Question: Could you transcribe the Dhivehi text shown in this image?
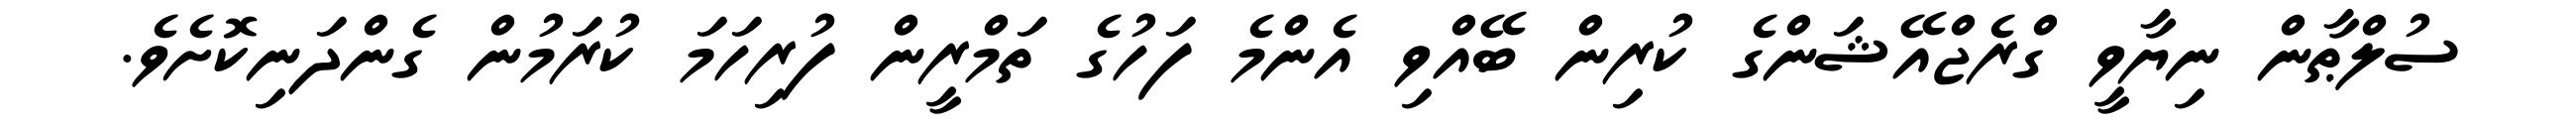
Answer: ސުލްޠާން ނިޔާވީ ގްރެޖްއޭޝަންގެ ކުރިން ބޭއްވި އެންމެ ފަހުގެ ތަމްރީން ފުރިހަމަ ކުރަމުން ގެންދަނިކޮށެވެ.